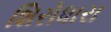
શિરોધારા